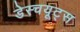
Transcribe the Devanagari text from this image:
डेस्चयूट्स